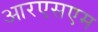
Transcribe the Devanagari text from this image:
आरएसएम